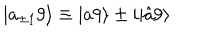
| a _ { \pm 1 } 9 \rangle \equiv | a 9 \rangle \pm i | \hat { a } 9 \rangle